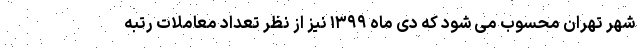
شهر تهران محسوب می شود که دی ماه ۱۳۹۹ نیز از نظر تعداد معاملات رتبه